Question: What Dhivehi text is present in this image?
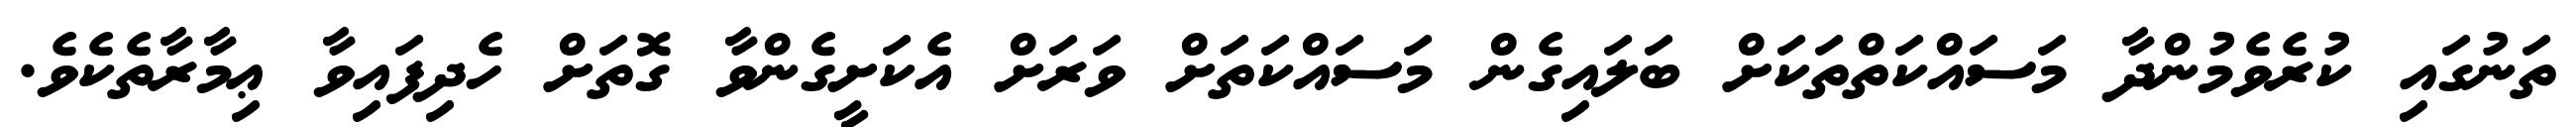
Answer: ތަނުގައި ކުރެވެމުންދާ މަސައްކަތްތަކަށް ބަލައިގެން މަސައްކަތަށް ވަރަށް އެކަށީގެންވާ ގޮތަށް ހެދިފައިވާ ޢިމާރާތެކެވެ.